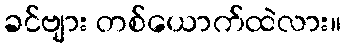
ခင်ဗျား တစ်ယောက်ထဲလား။